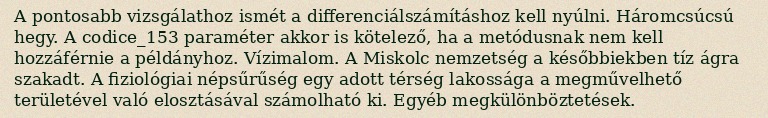
A pontosabb vizsgálathoz ismét a differenciálszámításhoz kell nyúlni. Háromcsúcsú hegy. A codice_153 paraméter akkor is kötelező, ha a metódusnak nem kell hozzáférnie a példányhoz. Vízimalom. A Miskolc nemzetség a későbbiekben tíz ágra szakadt. A fiziológiai népsűrűség egy adott térség lakossága a megművelhető területével való elosztásával számolható ki. Egyéb megkülönböztetések.